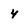
Character: 4